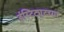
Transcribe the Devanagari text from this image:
इंस्टिट्यूटच्या